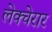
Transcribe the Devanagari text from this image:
लेक्चेरार